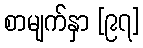
စာမျက်နှာ [၉၇]